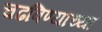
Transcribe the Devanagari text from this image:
चढविण्याच्या